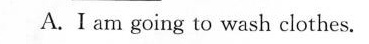
A I am going to wash clothes.